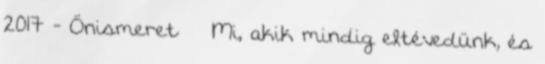
2017 - Önismeret Mi, akik mindig eltévedünk, és